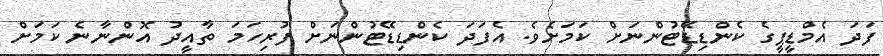
ފަދަ އެމްޑީޕީގެ ކެންޑިޑޭޓުންނަށް ކަމަށެވެ. އެފަދަ ކެންޑިޑޭޓުންނަށް ފުރިހަމަ ތާއީދު އޮންނާނެ ކަމަށް